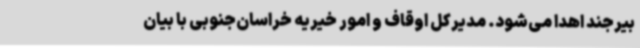
بیرجند اهدا می‌شود. مدیرکل اوقاف و امور خیریه خراسان‌جنوبی با بیان